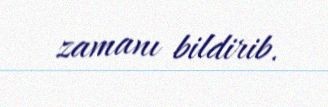
zamanı bildirib.